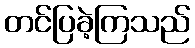
တင်ပြခဲ့ကြသည်